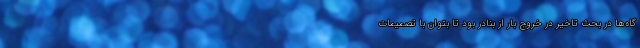
گاه‌ها در بحث تاخیر در خروج بار از بنادر بود تا بتوان با تصمیمات